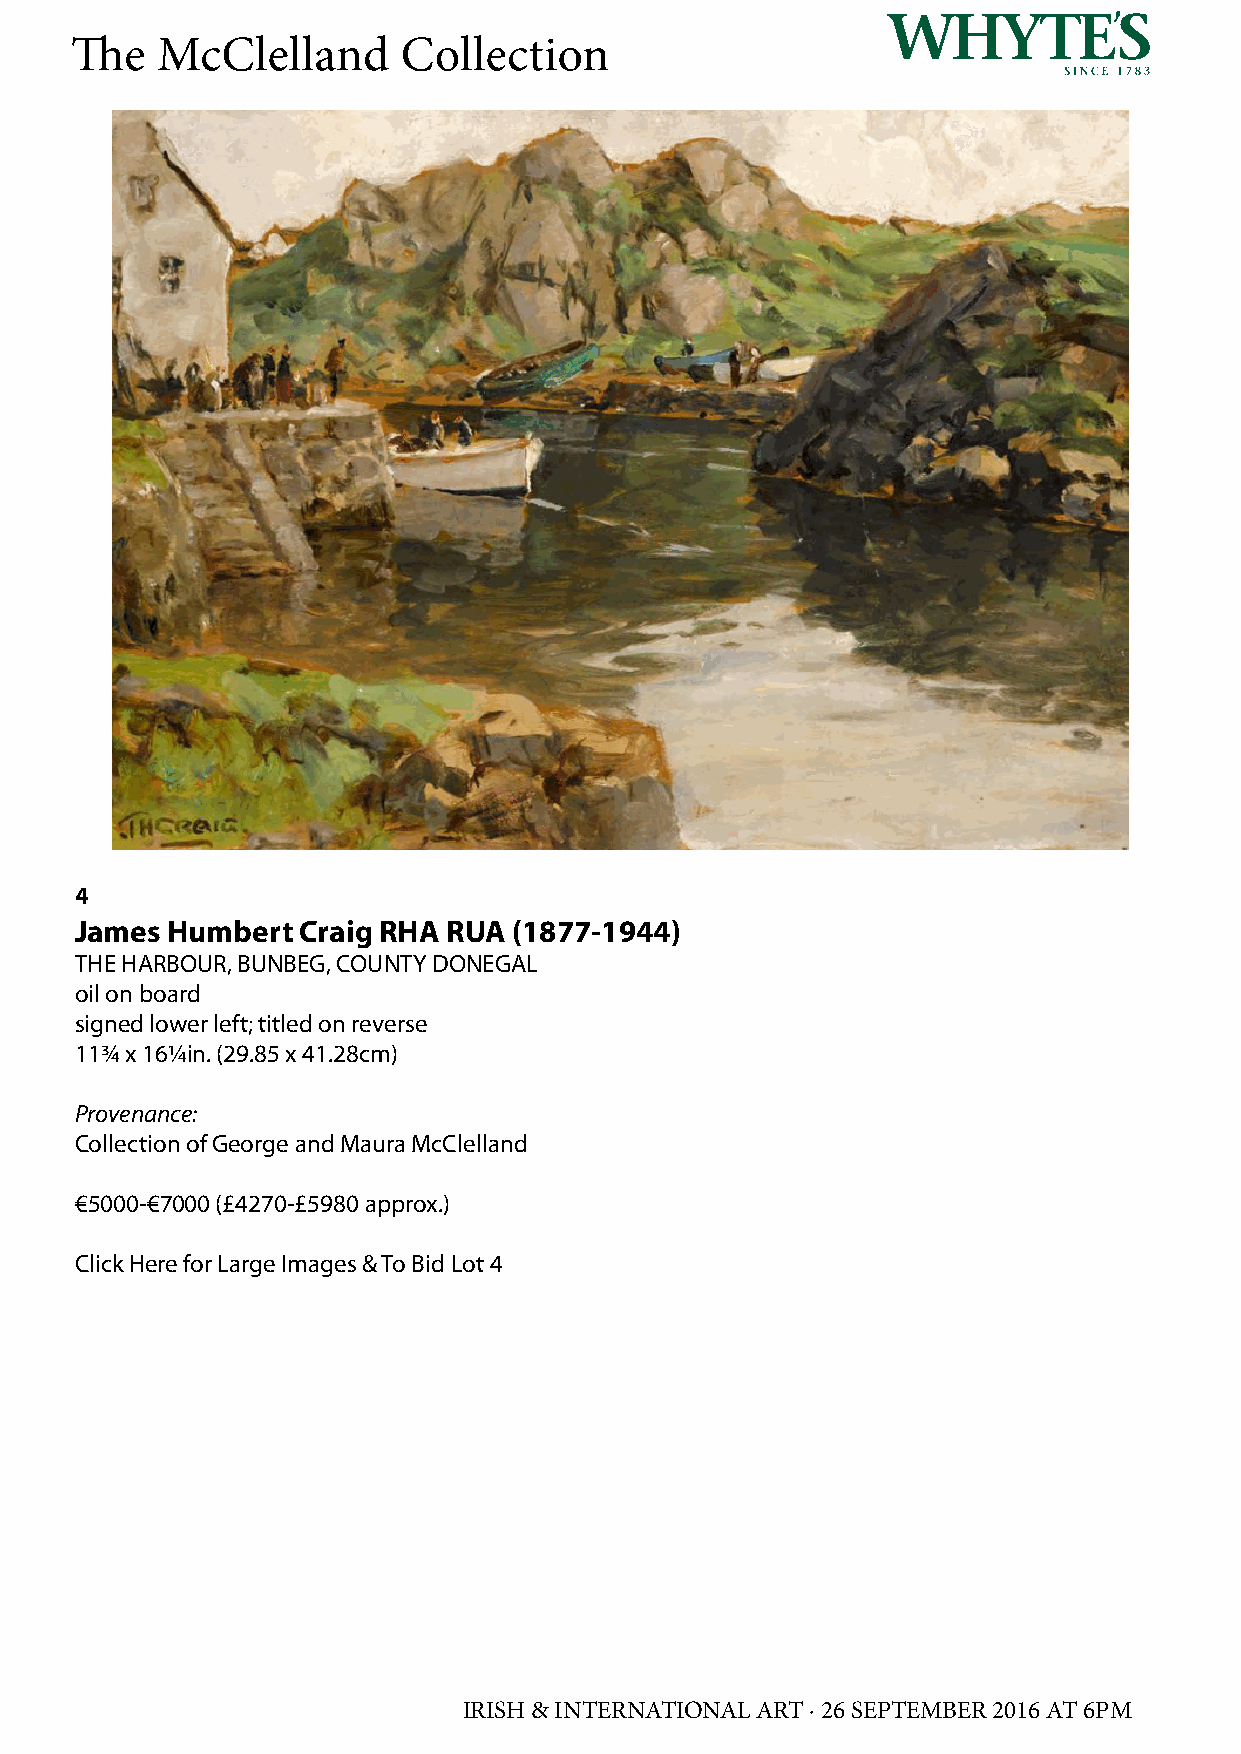
The  McClelland       Collection
 4
 James Humbert  Craig RHA RUA (1877-1944)
 THE HARBOUR, BUNBEG, COUNTY DONEGAL
 oil on board
 signed lower left; titled on reverse
 11¾ x 16¼in. (29.85 x 41.28cm)
 Provenance:
 Collection of George and Maura McClelland
 €5000-€7000 (£4270-£5980 approx.)
 Click Here for Large Images & To Bid Lot 4
 IRISH & INTERNATIONAL ART · 26 SEPTEMBER 2016 AT 6PM